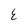
Character: E